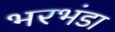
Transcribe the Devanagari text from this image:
भरभंडा